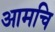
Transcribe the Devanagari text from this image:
आमचि